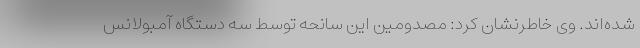
شده‌اند. وی خاطرنشان کرد: مصدومین این سانحه توسط سه دستگاه آمبولانس